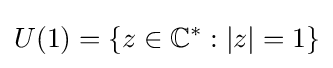
U(1)=\{z\in \mathbb {C} ^{*}:|z|=1\}